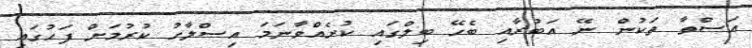
އަސްތާ ތަކުން ނޭ އަބުރާއި ބެހޭ ބިލްގައި ކުށެއްވާނަމަ އިސްލާހު ކުރުމަށް ފަހުގައި